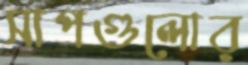
সাপগুলোর